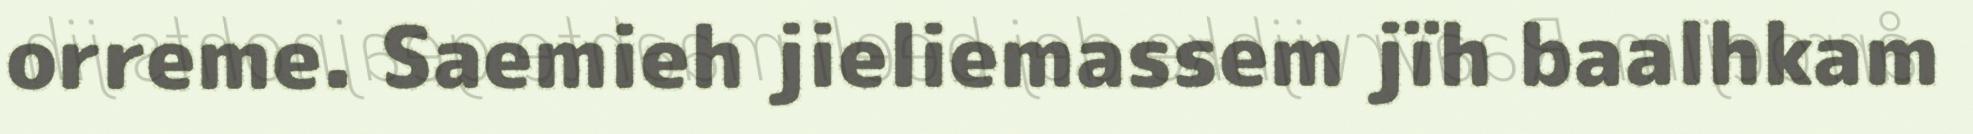
orreme. Saemieh jieliemassem jïh baalhkam